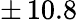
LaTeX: \pm\, 10.8